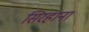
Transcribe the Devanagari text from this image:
सिरहाना